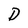
Character: D